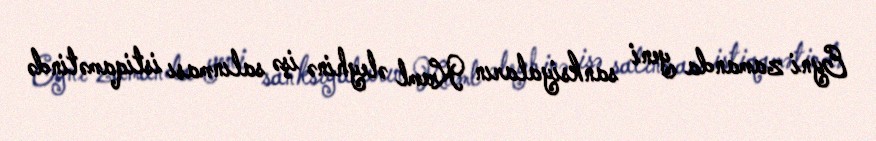
Eyni zamanda yeni sanksiyaların Kreml əleyhinə işə salınması istiqamətində